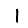
Digit: 1